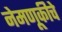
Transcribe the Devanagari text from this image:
नेमणूकीचे